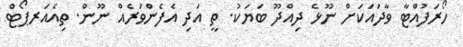
ހޯރަފުއްޓާ ވާދައަކަށް ނޫޅެ ދިއްދޫ ބަޔަކު. ތީ އަދި އެފެންވަރެއް ނޫން. ތިއެއަރޕޯޓް